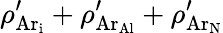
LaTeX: \rho_{\mathrm{{Ar}_{i}}}^{\prime}+\rho_{\mathrm{Ar_{Al}}}^{\prime}+\rho_{\mathrm{Ar_{N}}}^{\prime}